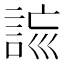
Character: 𧧮